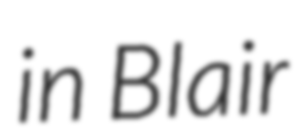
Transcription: in Blair